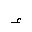
Letter: _hamza